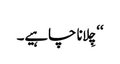
‘‘ چِلانا چاہیے۔